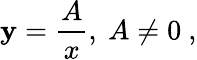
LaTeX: \mathbf{y}={\frac{{A}}{{x}}},\ A\neq0\ ,